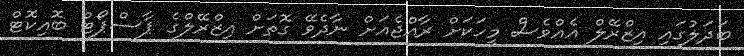
ބަދަލުގައި އިޒްރޭލް އެއްވެސް މީހަކަށް ރާއްޖެއަށް ނާދެވޭ ގޮތަށް އިޒްރޭލްގެ ޕާސްޕޯޓް ބޮއިކޮޓް